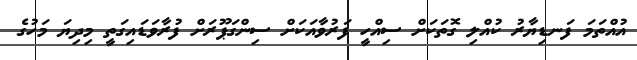
އުއްތަމަ ފަނޑިޔާރު ކުއްލި ގޮތަކަށް ސިއްހީ ފަރުވާއަކަށް ސިންގަޕޫރަށް ފުރާވަޑައިގަތީ މިދިޔަ މަހުގެ